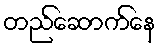
တည်ဆောက်နေ